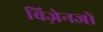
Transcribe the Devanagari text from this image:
बिज़ेनजो